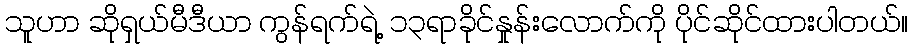
သူဟာ ဆိုရှယ်မီဒီယာ ကွန်ရက်ရဲ့ ၁၃ရာခိုင်နှုန်းလောက်ကို ပိုင်ဆိုင်ထားပါတယ်။